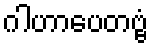
ဂါဟာပေတဗ္ဗံ